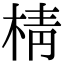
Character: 棈